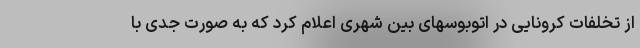
از تخلفات کرونایی در اتوبوسهای بین شهری اعلام کرد که به صورت جدی با